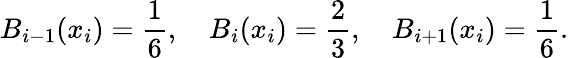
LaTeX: B_{i-1}(x_{i})=\frac{1}{6},\quad B_{i}(x_{i})=\frac{2}{3},\quad B_{i+1}(x_{i})=\frac{1}{6}.